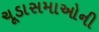
ચૂડાસમાઓની